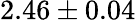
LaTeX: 2.46\pm 0.04